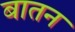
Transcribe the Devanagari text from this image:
बातन